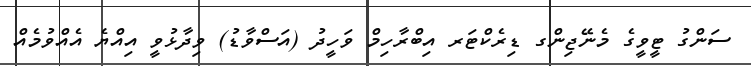
ސަންގު ޓީވީގެ މެނޭޖިންގ ޑިރެކްޓަރ އިބްރާހިމް ވަހީދު (އަސްވާޑު) ވިދާޅުވީ އިއްޔެ އެއްވުމެއް